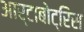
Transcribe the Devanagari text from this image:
आर्टाबोट्रिस